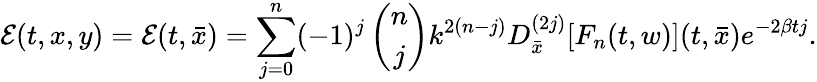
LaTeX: {\mathcal E}(t,x,y)={\mathcal E}(t,{\bar{x}})=\sum_{j=0}^{n}(-1)^{j}\left(\begin{array}{c}{n}\\ {j}\end{array}\right)k^{2(n-j)}D_{{\bar{x}}}^{(2j)}[F_{n}(t,w)](t,{\bar{x}})e^{-2\beta tj}.